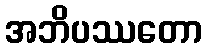
အဘိပဿတော